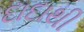
દાદાથી